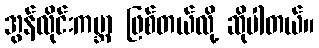
အွန်လိုင်းကမ္ဘာ ဖြစ်တယ်လို့ ဆိုပါတယ်။